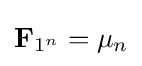
\mathbf {F} _{1^{n}}=\mu _{n}